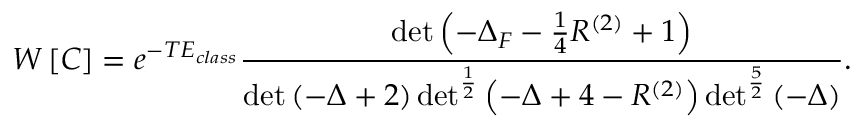
W \left[ C \right] = e ^ { - T E _ { c l a s s } } \frac { \operatorname * { d e t } \left( - \Delta _ { F } - \frac { 1 } { 4 } R ^ { ( 2 ) } + 1 \right) } { \operatorname * { d e t } \left( - \Delta + 2 \right) \operatorname * { d e t } ^ { \frac { 1 } { 2 } } \left( - \Delta + 4 - R ^ { ( 2 ) } \right) \operatorname * { d e t } ^ { \frac { 5 } { 2 } } \left( - \Delta \right) } .